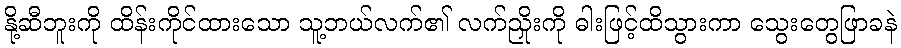
နို့ဆီဘူးကို ထိန်းကိုင်ထားသော သူ့ဘယ်လက်၏ လက်ညှိုးကို ဓါးဖြင့်ထိသွားကာ သွေးတွေဖြာခနဲ